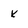
Character: k